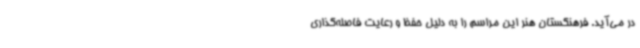
در می‌آید. فرهنگستان هنر این مراسم را به دلیل حفظ و رعایت فاصله‌گذاری